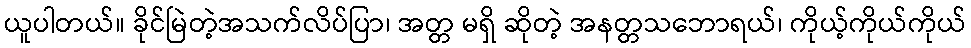
ယူပါတယ်။ ခိုင်မြဲတဲ့အသက်လိပ်ပြာ၊ အတ္တ မရှိ ဆိုတဲ့ အနတ္တသဘောရယ်၊ ကိုယ့်ကိုယ်ကိုယ်